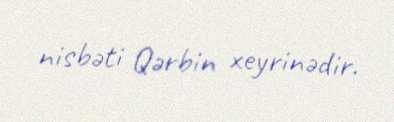
nisbəti Qərbin xeyrinədir.